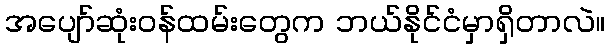
အပျော်ဆုံးဝန်ထမ်းတွေက ဘယ်နိုင်ငံမှာရှိတာလဲ။